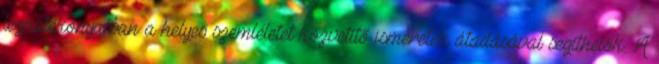
leghatékonyabban a helyes szemléletet közvetítő ismeretek átadásával segíthetők. A